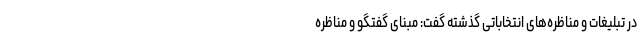
در تبلیغات و مناظره‌های انتخاباتی گذشته گفت: مبنای گفتگو و مناظره